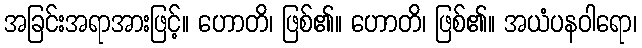
အခြင်းအရာအားဖြင့်။ ဟောတိ၊ ဖြစ်၏။ ဟောတိ၊ ဖြစ်၏။ အယံပနဝါရော၊